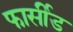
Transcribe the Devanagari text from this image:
फार्सीड